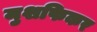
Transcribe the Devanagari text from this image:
मुशफिकर